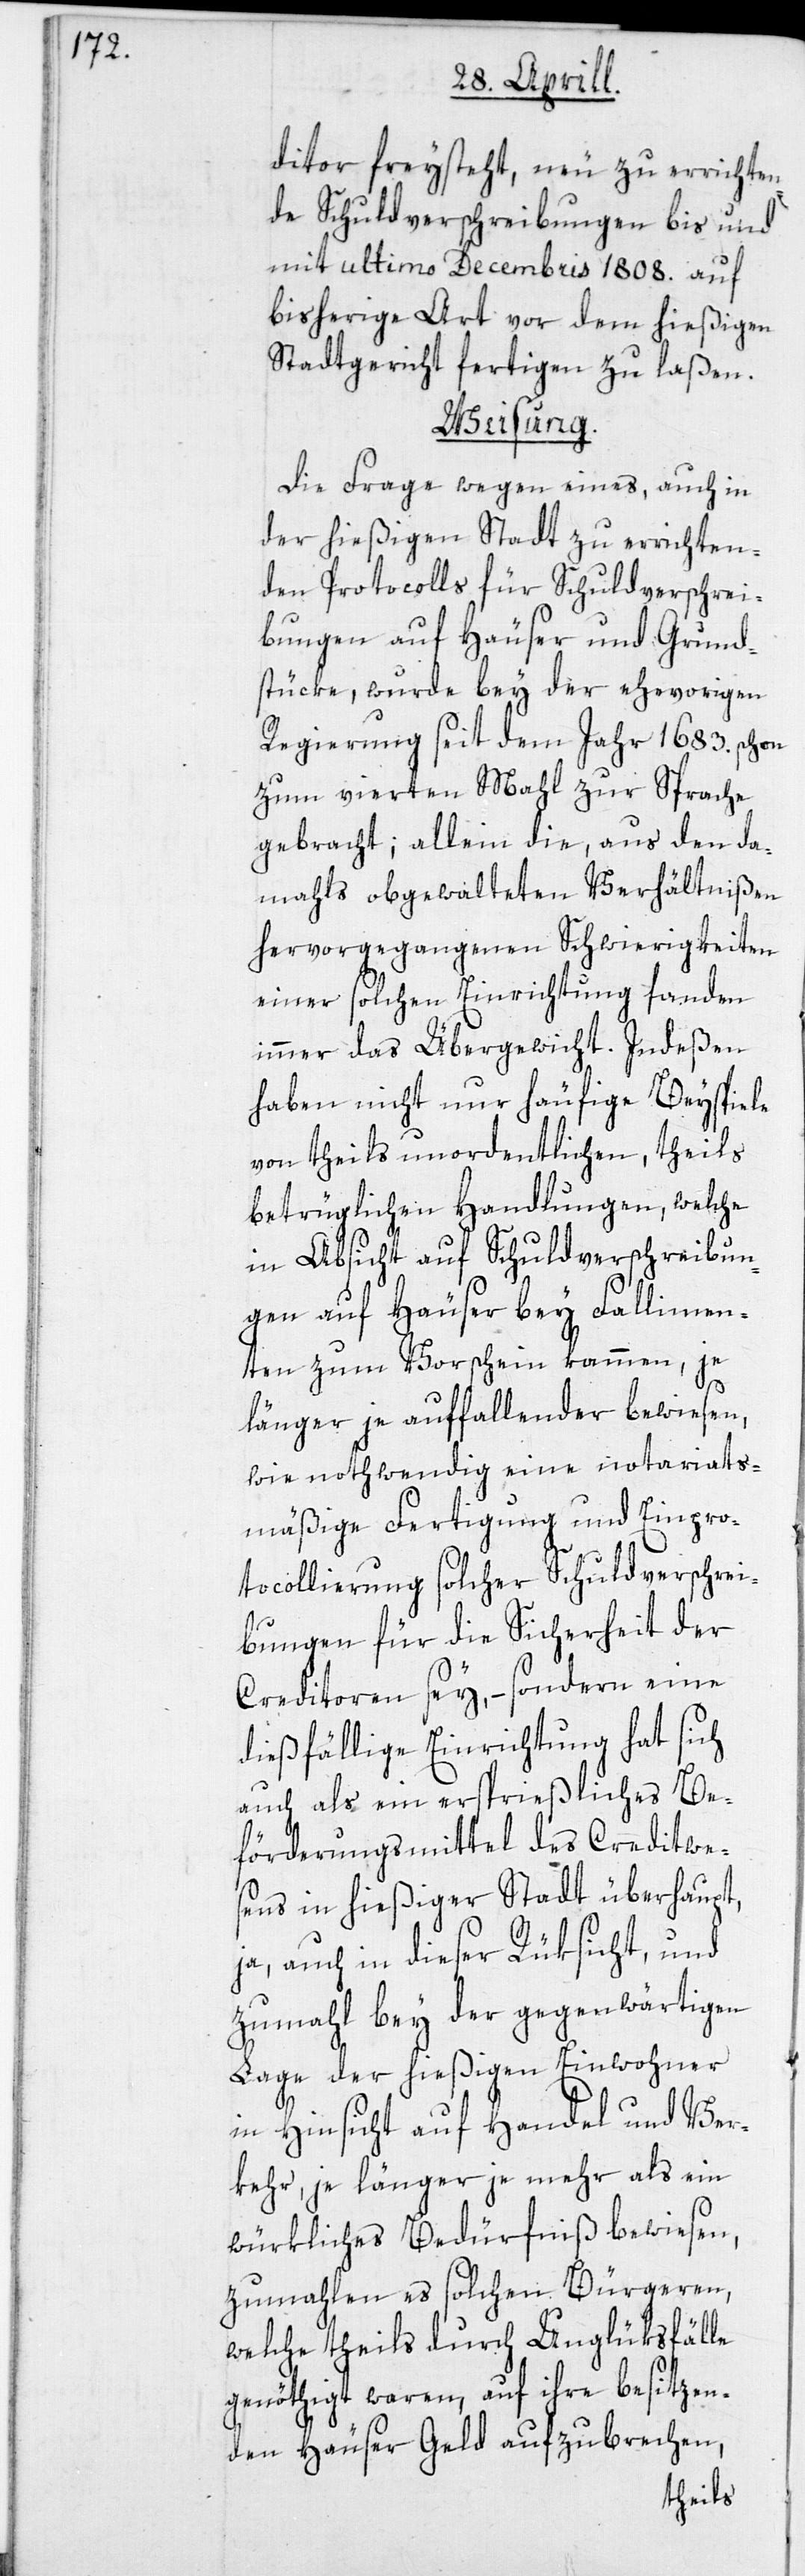
ditor freysteht, neu zu errichten¬
de Schuldverschreibungen bis und
mit ultimo Decembris 1808. auf
bisherige Art vor dem hießigen
Stadtgericht fertigen zu laßen.
Weisung.
Die Frage wegen eines, auch in
der hießigen Stadt zu errichten¬
den Protocolls für Schuldverschrei¬
bungen auf Häuser und Grund¬
stücke, wurde bey der ehevorigen
Regierung seit dem Jahr 1683. schon
zum vierten Mahl zur Sprache
gebracht; allein die, aus den da¬
mahls obgewalteten Verhältnißen
hervorgegangenen Schwierigkeiten
einer solchen Einrichtung fanden
immer das Übergewicht. Indeßen
haben nicht nur häufige Beyspiele
von theils unordentlichen, theils
betrüglichen Handlungen, welche
in Absicht auf Schuldverschreibun¬
gen auf Häuser bey Fallimen¬
ten zum Vorschein kammen, je
länger je auffallender bewiesen,
wie nothwendig eine notariats¬
mäßige Fertigung und Einpro¬
tocollierung solcher Schuldverschrei¬
bungen für die Sicherheit der
Creditoren sey, – sondern eine
dießfällige Einrichtung hat sich
auch als ein ersprießliches Be¬
förderungsmittel des Creditwe¬
sens in hießiger Stadt überhaupt,
ja, auch in dieser Rüksicht und
zumahl bey der gegenwärtigen
Lage der hießigen Einwohner
in Hinsicht auf Handel und Ver¬
kehr, je länger je mehr als ein
würkliches Bedürfniß bewiesen,
zumahlen es solchen Bürgeren,
welche theils durch Unglüksfälle
genöthigt waren, auf ihre besitzen¬
den Häuser Geld aufzubrechen,